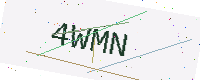
Text: 4WMN